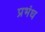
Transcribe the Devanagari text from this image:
प्रभंध